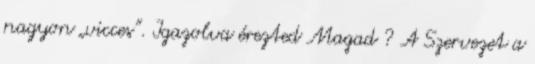
nagyon „vicces”. Igazolva érezted Magad ? A Szervezet a